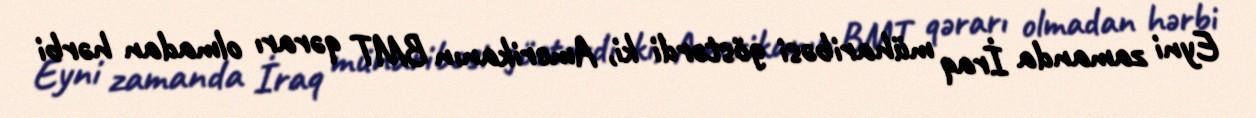
Eyni zamanda İraq müharibəsi göstərdi ki, Amerikanın BMT qərarı olmadan hərbi